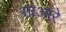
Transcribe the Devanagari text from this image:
साआरे